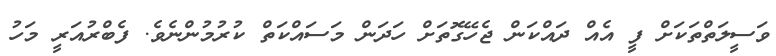
ވަސީލަތްތަކަށް ފީ އެއް ދައްކަން ޖެހޭގޮތަށް ހަދަން މަސައްކަތް ކުރުމުންނެވެ. ފެބްރުއަރީ މަހު